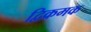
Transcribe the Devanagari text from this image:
द्विक्रमक